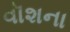
વૉશના